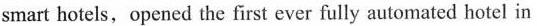
smart hotels, opened the first ever fully automated hotel in